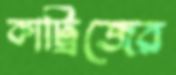
কার্ট্রিজের